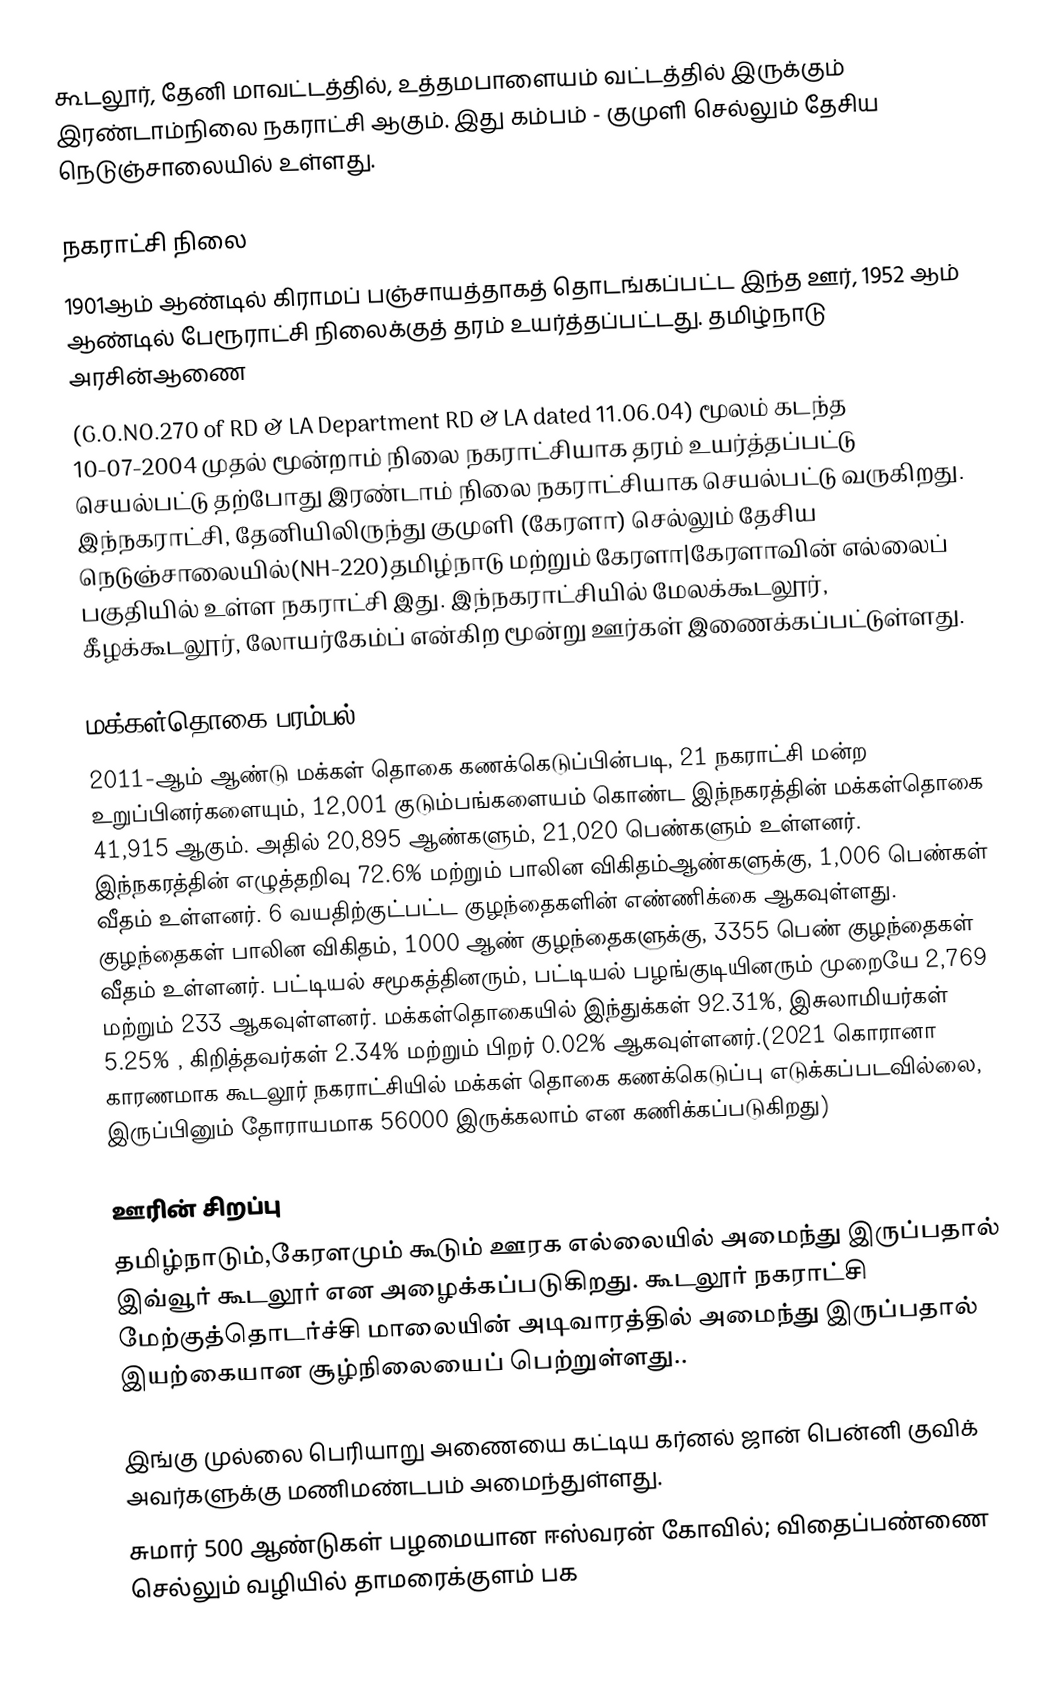
கூடலூர், தேனி மாவட்டத்தில், உத்தமபாளையம் வட்டத்தில் இருக்கும் இரண்டாம்நிலை நகராட்சி ஆகும். இது கம்பம் - குமுளி செல்லும் தேசிய நெடுஞ்சாலையில் உள்ளது.

நகராட்சி நிலை
1901ஆம் ஆண்டில் கிராமப் பஞ்சாயத்தாகத் தொடங்கப்பட்ட இந்த ஊர், 1952 ஆம் ஆண்டில் பேரூராட்சி நிலைக்குத் தரம் உயர்த்தப்பட்டது. தமிழ்நாடு அரசின்ஆணை
(G.O.NO.270 of RD & LA Department RD & LA dated 11.06.04) மூலம் கடந்த 10-07-2004 முதல் மூன்றாம் நிலை நகராட்சியாக தரம் உயர்த்தப்பட்டு செயல்பட்டு தற்போது இரண்டாம் நிலை நகராட்சியாக செயல்பட்டு வருகிறது. இந்நகராட்சி, தேனியிலிருந்து குமுளி (கேரளா) செல்லும் தேசிய நெடுஞ்சாலையில்(NH-220)தமிழ்நாடு மற்றும் கேரளா|கேரளாவின் எல்லைப் பகுதியில் உள்ள நகராட்சி இது. இந்நகராட்சியில் மேலக்கூடலூர், கீழக்கூடலூர், லோயர்கேம்ப் என்கிற மூன்று ஊர்கள் இணைக்கப்பட்டுள்ளது.

மக்கள்தொகை பரம்பல்
2011-ஆம் ஆண்டு மக்கள் தொகை கணக்கெடுப்பின்படி, 21 நகராட்சி மன்ற உறுப்பினர்களையும், 12,001 குடும்பங்களையம் கொண்ட இந்நகரத்தின் மக்கள்தொகை 41,915  ஆகும். அதில் 20,895   ஆண்களும், 21,020   பெண்களும் உள்ளனர்.   இந்நகரத்தின் எழுத்தறிவு 72.6%   மற்றும் பாலின விகிதம்ஆண்களுக்கு, 1,006 பெண்கள் வீதம் உள்ளனர். 6 வயதிற்குட்பட்ட குழந்தைகளின் எண்ணிக்கை ஆகவுள்ளது. குழந்தைகள் பாலின விகிதம்,  1000 ஆண் குழந்தைகளுக்கு, 3355 பெண் குழந்தைகள் வீதம் உள்ளனர். பட்டியல் சமூகத்தினரும், பட்டியல் பழங்குடியினரும்  முறையே 2,769 மற்றும் 233 ஆகவுள்ளனர். மக்கள்தொகையில் இந்துக்கள் 92.31%,  இசுலாமியர்கள் 5.25% , கிறித்தவர்கள் 2.34%   மற்றும் பிறர் 0.02% ஆகவுள்ளனர்.(2021 காெரானா காரணமாக கூடலூர் நகராட்சியில் மக்கள் தாெகை கணக்கெடுப்பு எடுக்கப்படவில்லை, இருப்பினும் தாேராயமாக 56000 இருக்கலாம் என கணிக்கப்படுகிறது)

ஊரின் சிறப்பு
தமிழ்நாடும்,கேரளமும் கூடும் ஊரக எல்லையில் அமைந்து இருப்பதால் இவ்வூர் கூடலூர் என அழைக்கப்படுகிறது. கூடலூர் நகராட்சி மேற்குத்தாெடர்ச்சி மாலையின் அடிவாரத்தில் அமைந்து இருப்பதால் இயற்கையான சூழ்நிலையைப் பெற்றுள்ளது..

இங்கு முல்லை பெரியாறு அணையை கட்டிய கர்னல் ஜான் பென்னி குவிக் அவர்களுக்கு மணிமண்டபம் அமைந்துள்ளது.
சுமார் 500 ஆண்டுகள் பழமையான ஈஸ்வரன் காேவில்; விதைப்பண்ணை செல்லும் வழியில் தாமரைக்குளம் பக